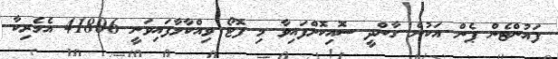
ފައުންޓެން ޕެން އަކުން ގާންދީ ސޮއިކޮށްފައިވާ މި ފޮޓޯ ވިއްކާލާފައިވަނީ 41806 އެމެރިކާ